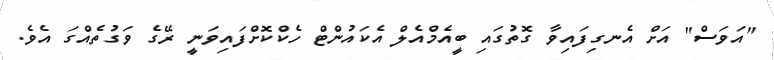
"އަވަސް" އަށް އެނގިފައިވާ ގޮތުގައި ބީއެމްއެލް އެކައުންޓް ހެކްކޮށްފައިވަނީ ރޭގެ ވަގުތެއްގަ އެވެ.